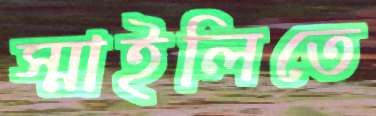
স্মাইলিতে